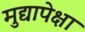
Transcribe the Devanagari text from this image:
मुद्यापेक्षा